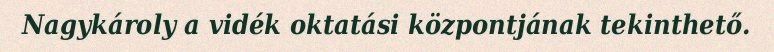
Nagykároly a vidék oktatási központjának tekinthető.